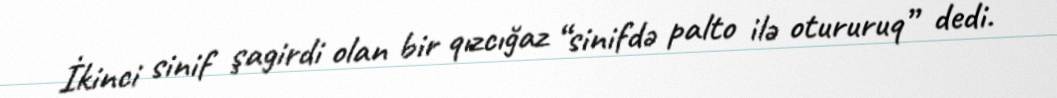
İkinci sinif şagirdi olan bir qızcığaz “sinifdə palto ilə otururuq” dedi.